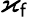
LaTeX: \varkappa_{\mathsf{f}}